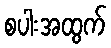
စပါးအထွက်